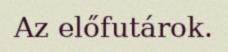
Az előfutárok.